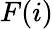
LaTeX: F(i)